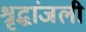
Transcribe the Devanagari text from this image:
श्रृद्धांजली